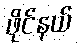
ဖိုင်နယ်